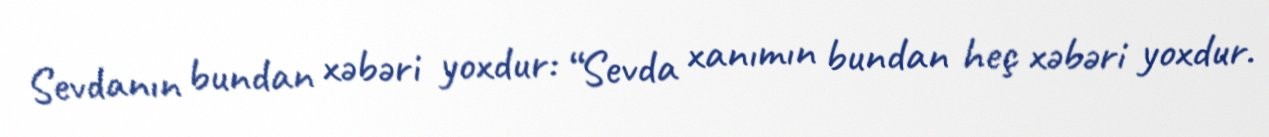
Sevdanın bundan xəbəri yoxdur: “Sevda xanımın bundan heç xəbəri yoxdur.